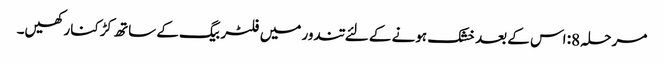
مرحلہ 8: اس کے بعد خشک ہونے کے لئے تندور میں فلٹر بیگ کے ساتھ کڑکنا رکھیں۔